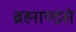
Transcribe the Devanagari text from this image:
ब्रह्माण्डसे